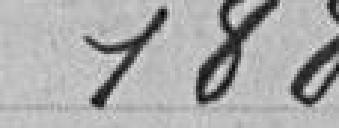
188